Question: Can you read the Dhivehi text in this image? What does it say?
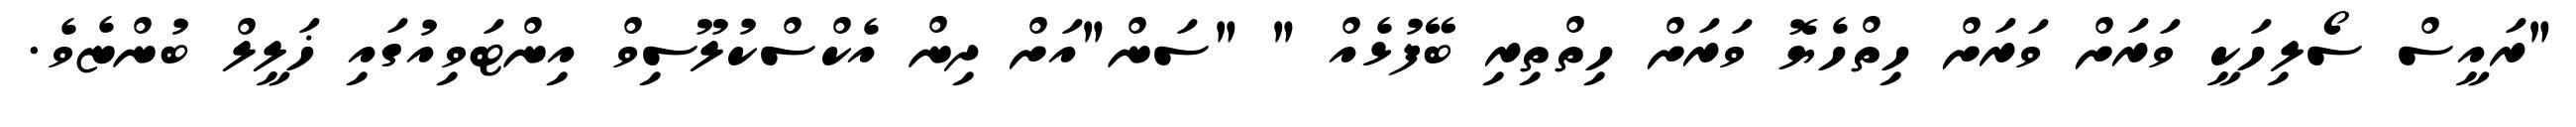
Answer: "ރައީސް ސޯލިހަކީ ވަރަށް ވަރަށް ހިތްހެޔޮ ވަރަށް ހިތްތިރި ބޭފުޅެއް " "ސަން"އަށް ދިން އެކްސްކުލޫސިވް އިންޓަވިއުގައި ޚަލީލް ބުންޏެވެ.